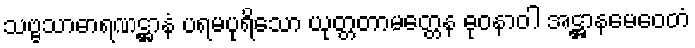
သဗ္ဗသာဓာရဏဋ္ဌာနံ ပရမပုရိသော ယုတ္တတာမတ္တေန ဓုဝနာဝါ အဋ္ဌာနမေဝေတံ